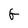
Character: G